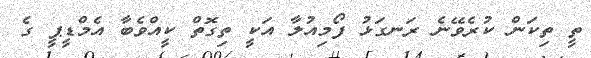
ތީ ތިކަން ކުރެވޭނެ ރަނގަޅު ފޯމިއުލާ އަކީ ތިގޮތް ކީއްވެބާ އެމްޑީޕީ ގެ